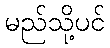
မည်သို့ပင်